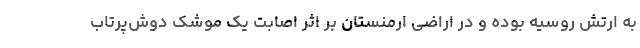
به ارتش روسیه بوده و در اراضی ارمنستان بر اثر اصابت یک موشک دوش‌پرتاب